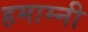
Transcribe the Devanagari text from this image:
हमाम्नी